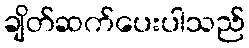
ချိတ်ဆက်ပေးပါသည်